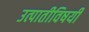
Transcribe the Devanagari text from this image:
उत्पातीविषयी